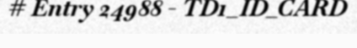
# Entry 24988 - TD1_ID_CARD